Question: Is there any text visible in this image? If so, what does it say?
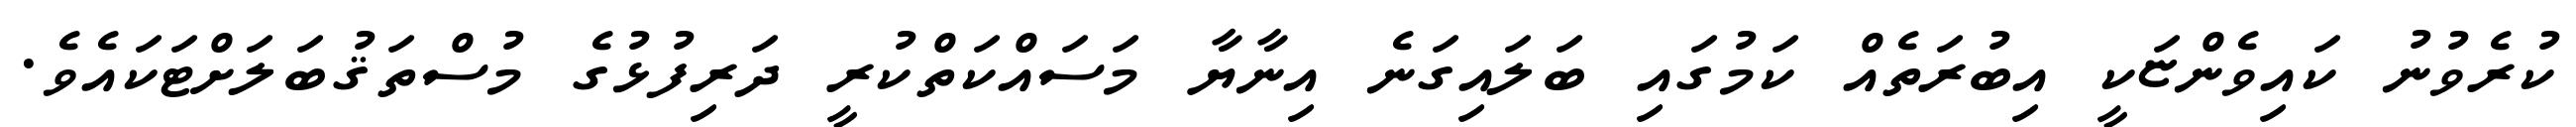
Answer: ކުރެވުނު ކައިވެންޏަކީ އިބުރަތެއް ކަމުގައި ބަލައިގަނެ އިނާޔާ މަސައްކަތްކުރީ ދަރިފުޅުގެ މުސްތަޤުބަލަށްޓަކައެވެ.